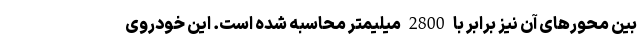
بین محورهای آن نیز برابر با 2800 میلیمتر محاسبه شده است. این خودروی